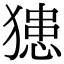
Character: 𤡟